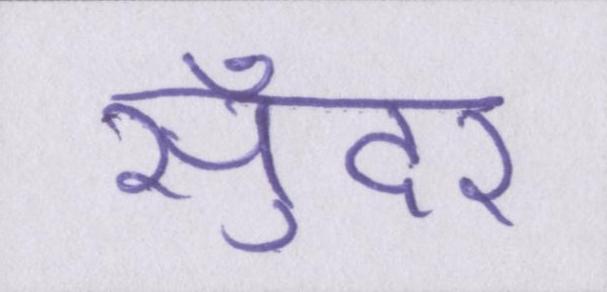
सुँदर